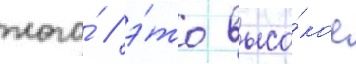
того́ / э́то высо́кое